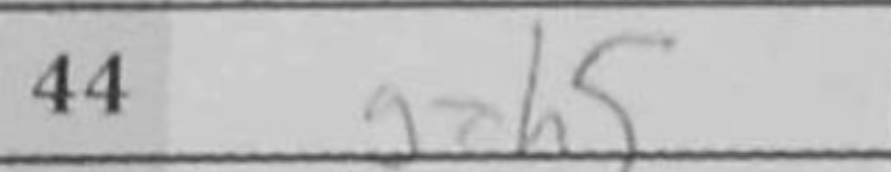
Transcription: gxh5